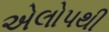
એલોપથી